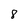
Character: 8